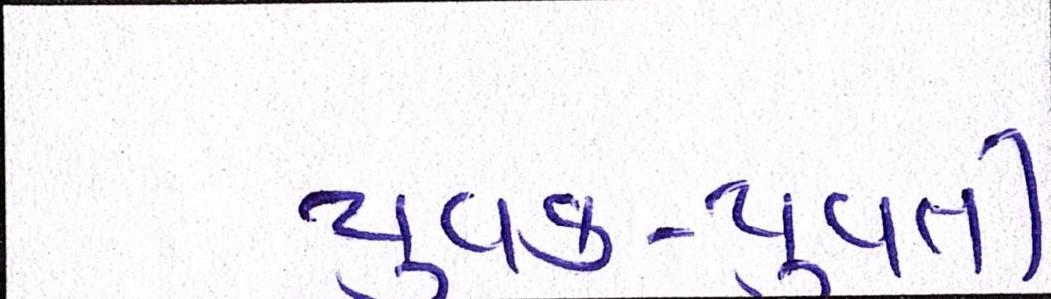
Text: યુવક-યુવતી